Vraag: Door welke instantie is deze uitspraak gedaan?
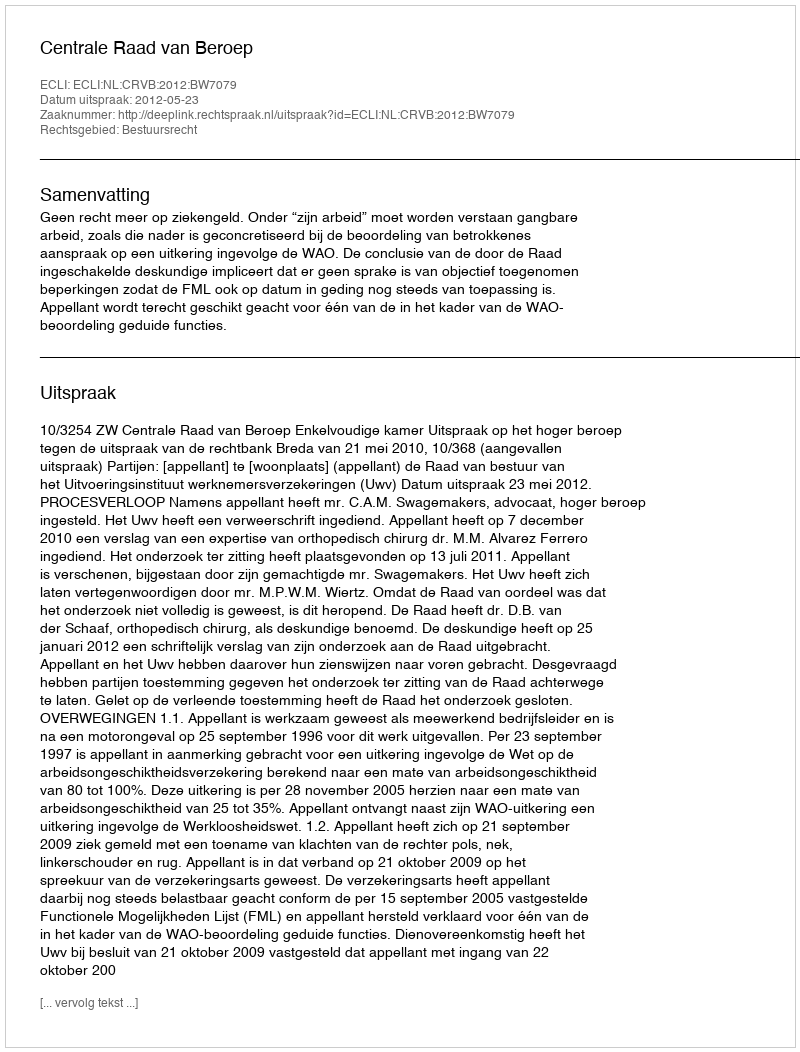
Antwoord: Centrale Raad van Beroep